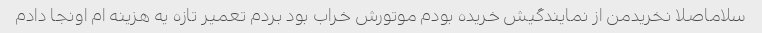
سلاماصلا نخریدمن از نمایندگیش خریده بودم موتورش خراب بود بردم تعمیر تازه یه هزینه ام اونجا دادم